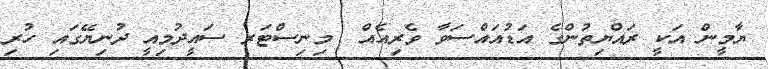
ޔާމީން އަކީ ރައްޔިތުންގެ އަޑުއައްސަވާ ވެރިއެއް  މިނިސްޓަރ ސައީދުމިއީ ދުނިޔޭގައި ހުރި